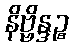
နိဗ္ဗိန္ဒဉ္စ